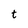
Character: t